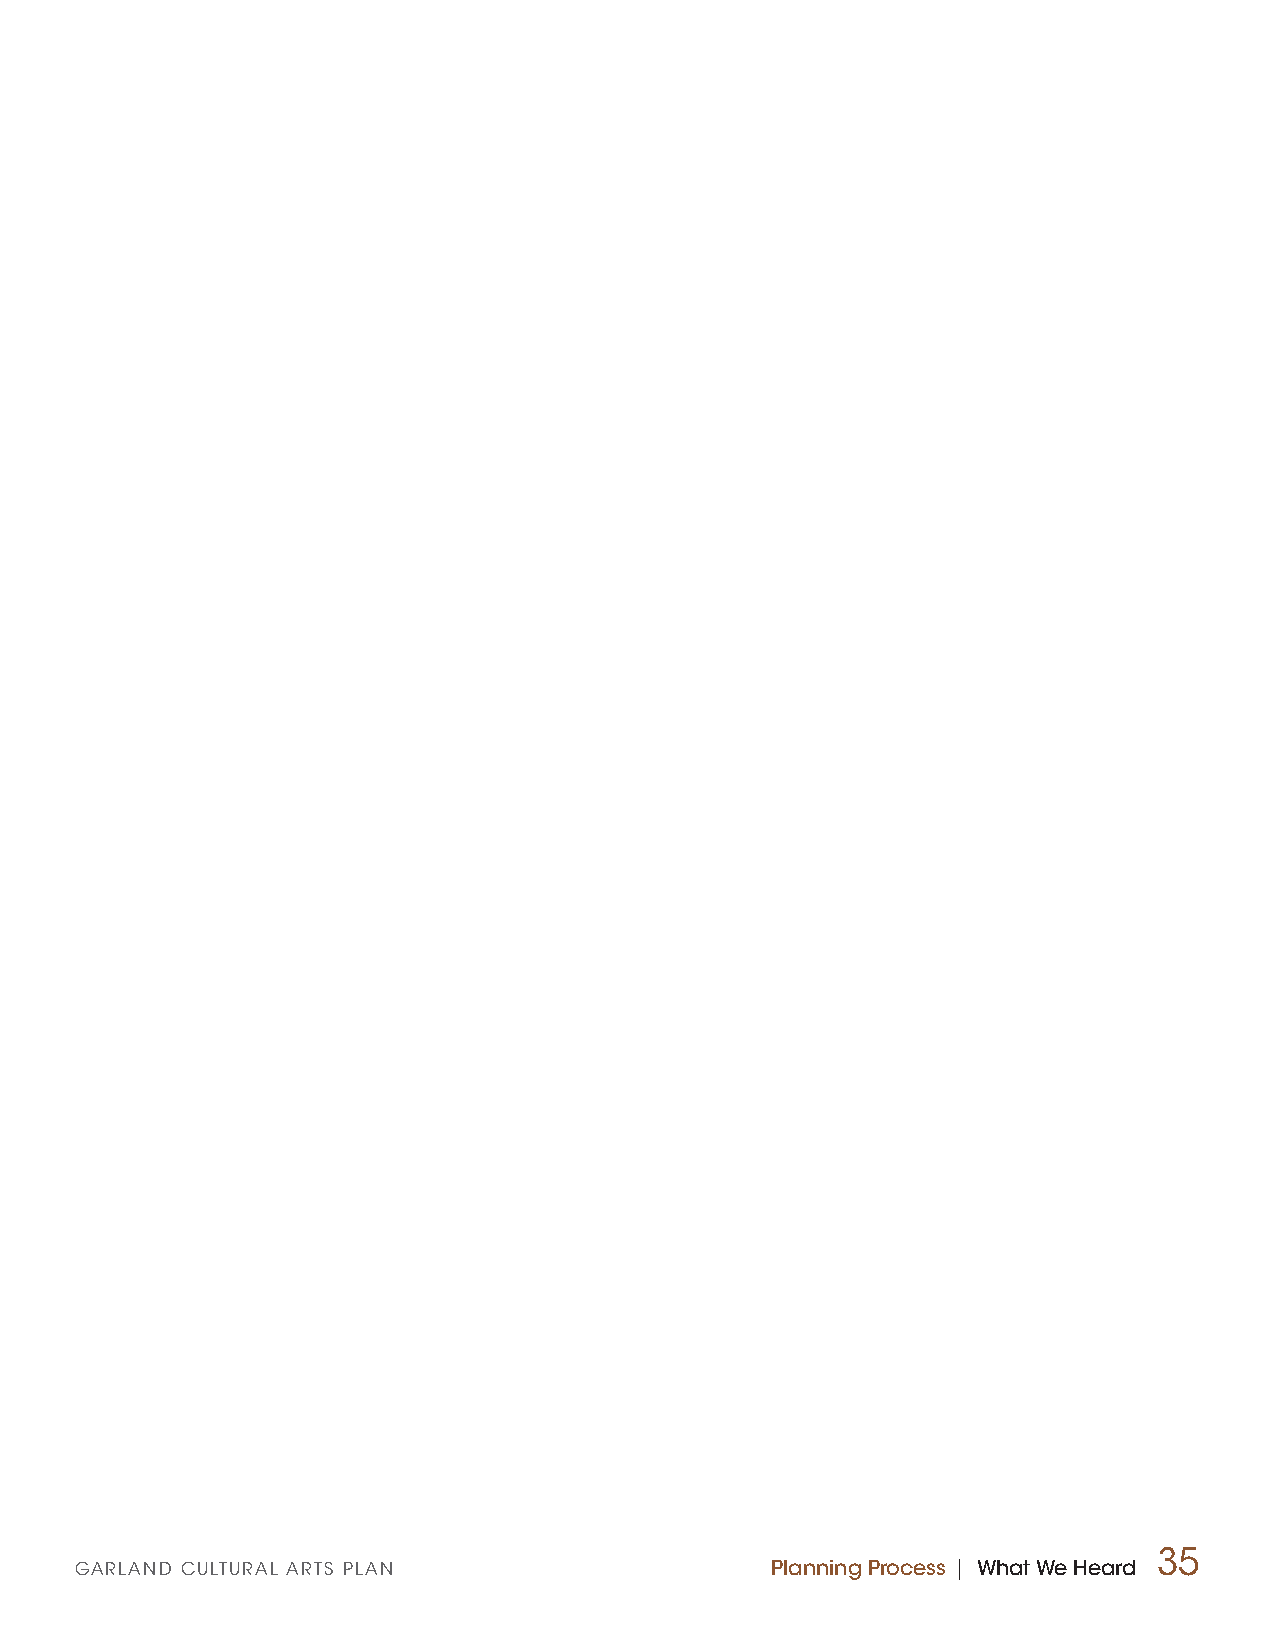
35
 GARLAND CULTURAL ARTS PLAN                    Planning Process | What We Heard